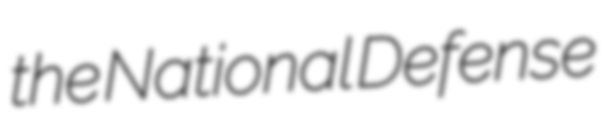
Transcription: the National Defense